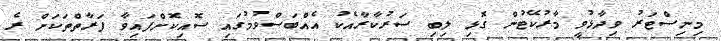
މިނިސްޓަރު ވިދާޅުވީ މާރުކޭޓުން ގޮޅި ލިބި ސަރުކާރާއެކު އެއްބަސްވުމުގައި ސޮއިކޮށްފައިވާ ފަރާތްތަކަށް ރެ